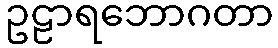
ဥဠာရဘောဂတာ